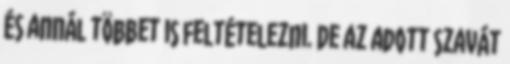
és annál többet is feltételezni. De az adott szavát